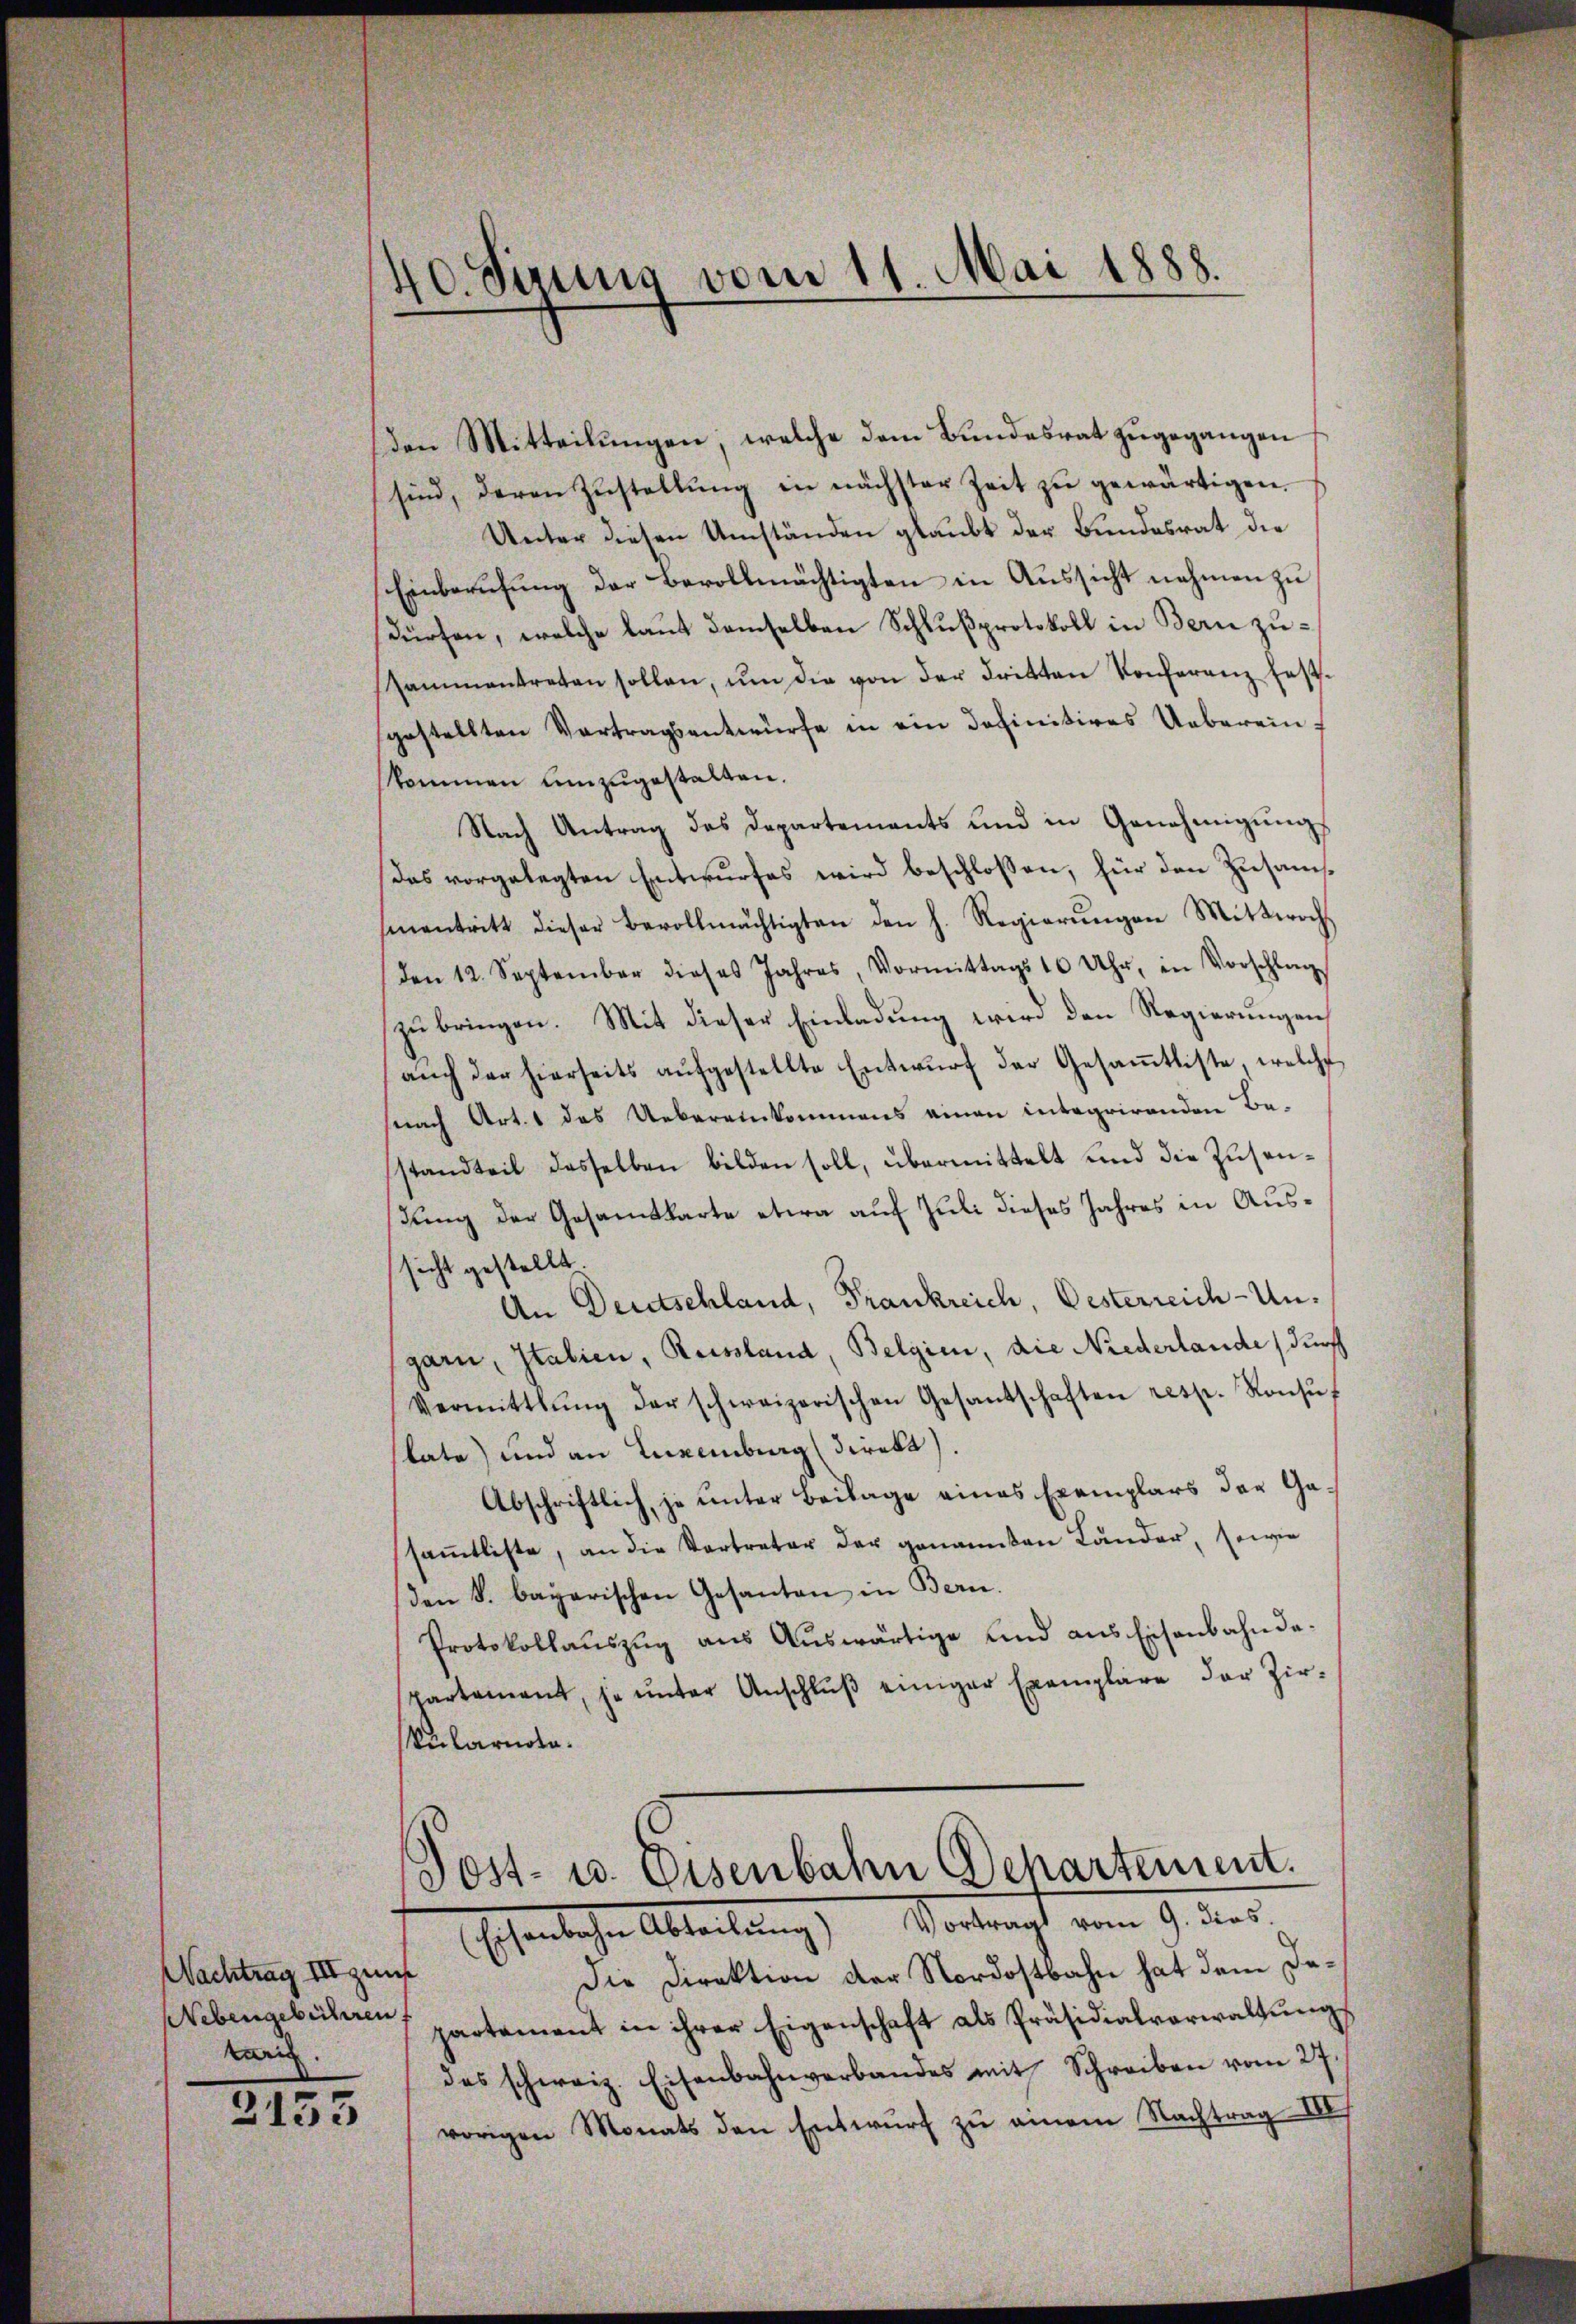
Nachtrag III zunf
Nebengebühren
karg.

2153

40. Feruus vom 11. Mai 1888.

Den Mitteilungen, welche dem Bundesrat zugegangen
sind, deren Zustellŭng in nächster Zeit zŭ gewärtigen.
Unter diesen Umständen glaubt der Bundesrat die
Einberŭfŭng der Bevollmächtigten in Aŭssicht nahmen zŭ
dürfen, welche laut demselben Schlußprotokoll in Bern zusammentreten sollen, ŭm die von der dritten Konferenz festgestellten Vertragsentwürfe in ein Definitives Ueberein f
skommen einzugestalten.
Nach Antrag des Departements und in Genehmigŭngs
das vorgelegten Entwurfes wird beschlossen, für den Zusammnentritt dieser Bevollmächtigten den h. Regierŭngen Mittwoch
den 12. September dieses Jahres, Vormittags 10 Uhr, in Vorschlag
zubringen. Mit dieser Einladung wird den Regierungen
aŭch der hierseits aŭfgestellte Entwŭrf der Gesaṁtliste, welche
snach Art. 1 des Uebereinkommens einen integrirenden Be-
standteil dasselben bilden soll, übermittelt und die Zusenßung der Gesamtkarte etwa auf Juli dieses Jahres in Aussicht gestellt.
An Deutschland, Frankreich, Oesterreich-Ungarn, Italien, Reissland, Belgien, die Niederlande, durch
Vermittlung der schweizerischen Gesantschaften resp. Konsŭf
kate) und an Luxenburg direkt.
Abschriftlich, je unter Beilage eines Exemplars der Gasaṁtliste, an die Vertreter der genannten Länder, sowie
den S. bayerischen Gesanten in Bern.
Protokollauszug aus Auswärtige und aus Eisenbahn daspartement, je ŭnter Anschlŭβ einiger Exemplare der Zir-
kularnola.

Post- u. Eisenbahn Departement.
Eschentsche Abteilung Vortragt vom 9. der

Die Direktion der Nordostbahn hat dem Departament in ihrer Eigenschaft als Präsidialverwaltŭngs
das schweiz. Eisenbahnverbandes mit Schreiben vom 27.
vorigen Monats den Entwurf zu einem Nachtrag IV